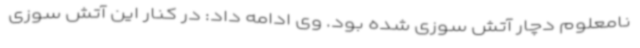
نامعلوم دچار آتش سوزی شده بود. وی ادامه داد‌: در کنار این آتش سوزی